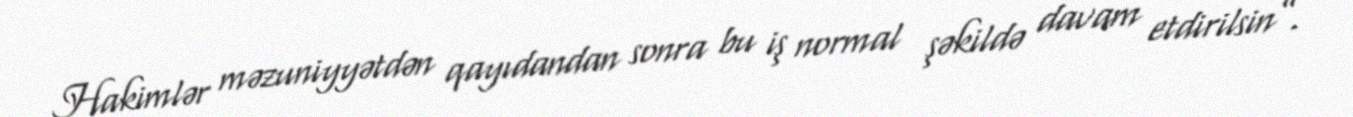
Hakimlər məzuniyyətdən qayıdandan sonra bu iş normal şəkildə davam etdirilsin”.